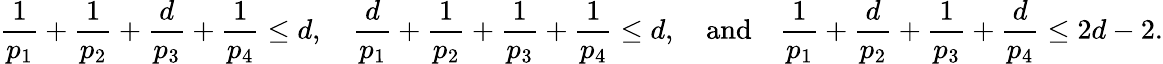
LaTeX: \frac{1}{p_{1}}+\frac{1}{p_{2}}+\frac{d}{p_{3}}+\frac{1}{p_{4}}\le d,\quad\frac{d}{p_{1}}+\frac{1}{p_{2}}+\frac{1}{p_{3}}+\frac{1}{p_{4}}\le d,\quad\mathrm{and}\quad\frac{1}{p_{1}}+\frac{d}{p_{2}}+\frac{1}{p_{3}}+\frac{d}{p_{4}}\le 2d-2.